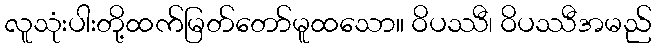
လူသုံးပါးတို့ထက်မြတ်တော်မူထသော။ ဝိပဿီ၊ ဝိပဿီအမည်